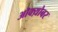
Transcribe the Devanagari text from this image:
ऒक्य़ोबर